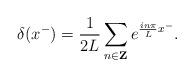
LaTeX: \begin{align*}\delta(x^-)=\frac{1}{2L}\sum_{n \in {\bf Z}} e^{\frac{in\pi}{L}x^-}.\end{align*}